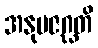
အနုပဇဂ္ဃတိ